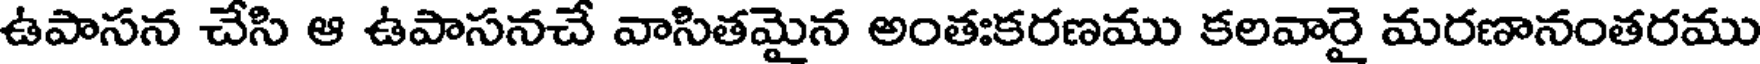
ఉపాసన చేసి ఆ ఉపాసనచే వాసితమైన అంతఃకరణము కలవారై మరణానంతరము